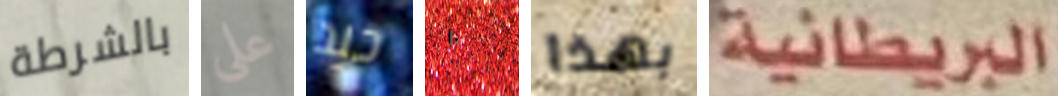
بالشرطة على جيد ١٠ بهذا البريطانية